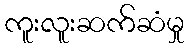
ကူးလူးဆက်ဆံမှု